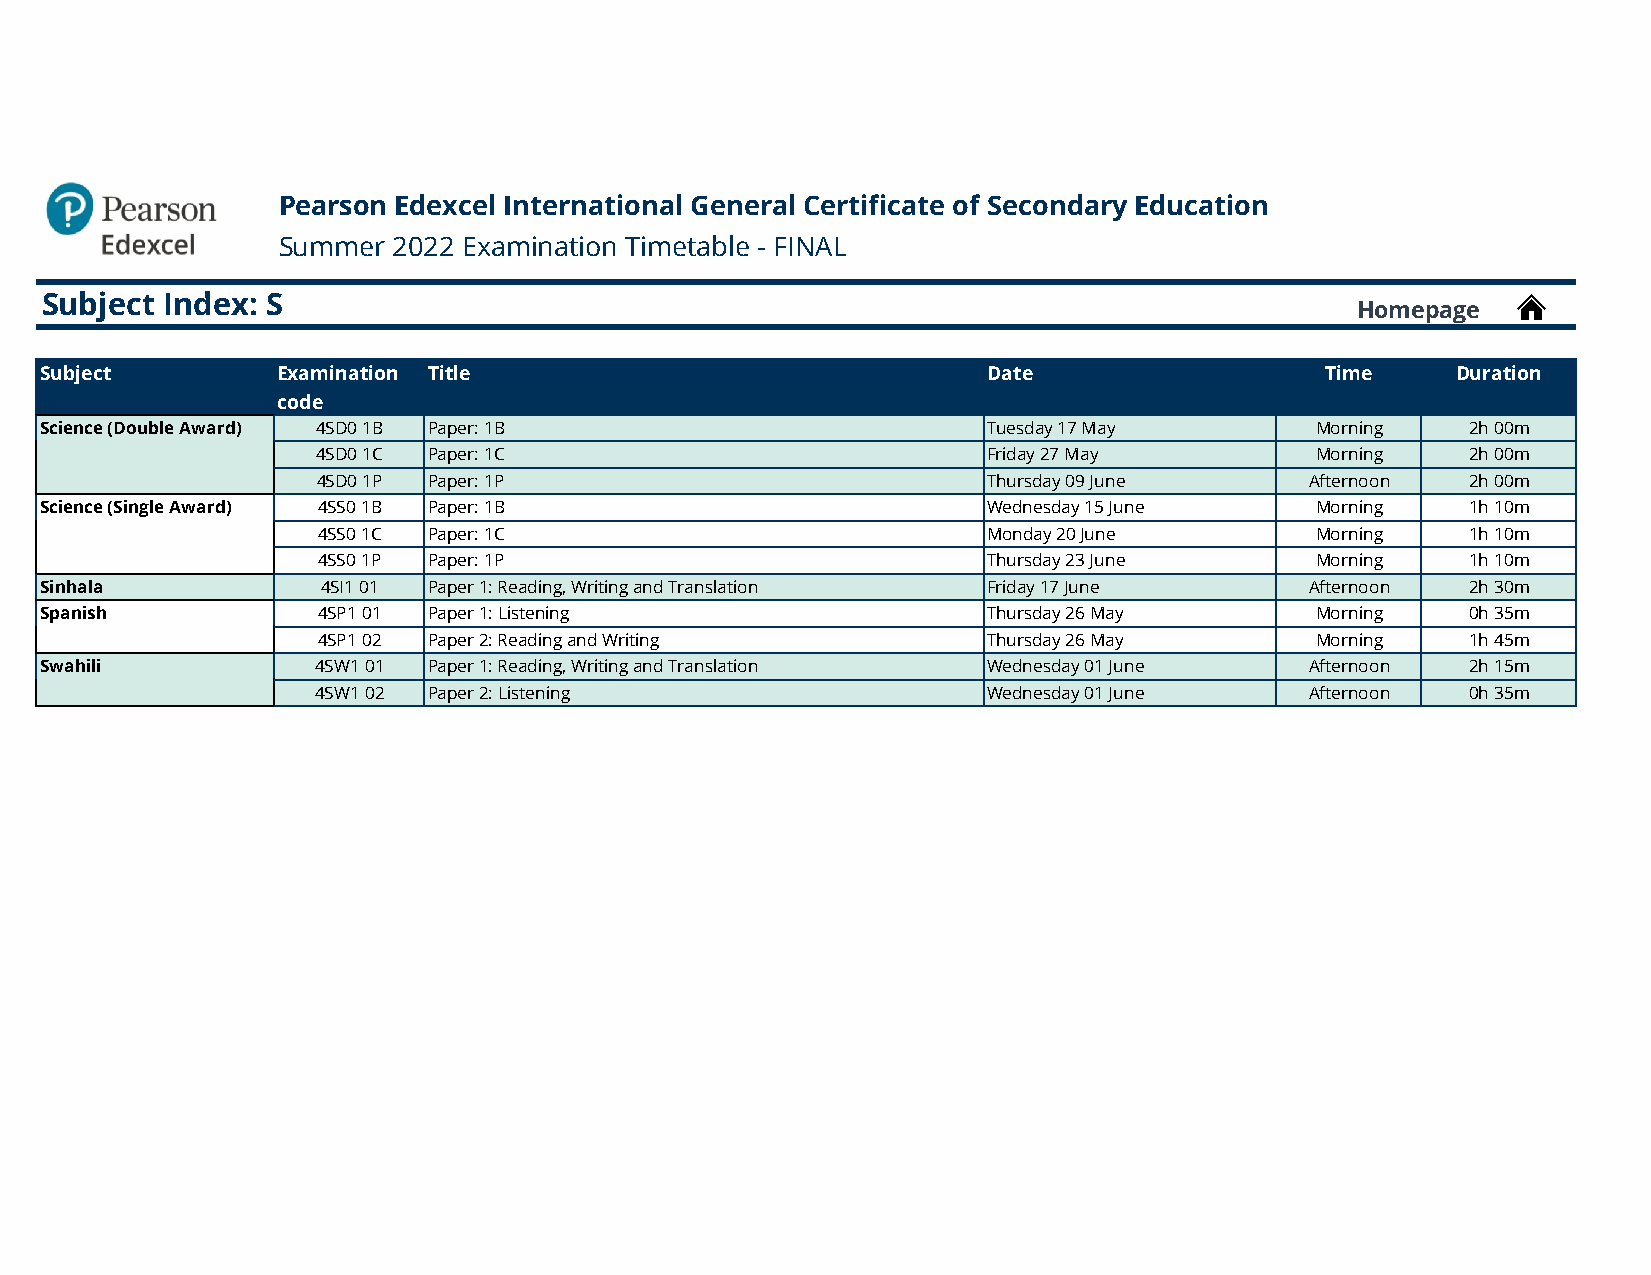
Pearson Edexcel International General Certificate of Secondary Education
 Summer  2022 Examination Timetable - FINAL
 Subject Index: S
 Homepage
 Subject        Examination Title                              Date                   Time    Duration
 code
 Science (Double Award) 4SD0 1B Paper: 1B                      Tuesday 17 May        Morning   2h 00m
 Science (Double Award) 4SD0 1C Paper: 1C                      Friday 27 May         Morning   2h 00m
 Science (Double Award) 4SD0 1P Paper: 1P                      Thursday 09 June      Afternoon 2h 00m
 Science (Single Award) 4SS0 1B Paper: 1B                      Wednesday 15 June     Morning   1h 10m
 Science (Single Award) 4SS0 1C Paper: 1C                      Monday 20 June        Morning   1h 10m
 Science (Single Award) 4SS0 1P Paper: 1P                      Thursday 23 June      Morning   1h 10m
 Sinhala           4SI1 01 Paper 1: Reading, Writing and Translation Friday 17 June  Afternoon 2h 30m
 Spanish           4SP1 01 Paper 1: Listening                  Thursday 26 May       Morning   0h 35m
 Spanish           4SP1 02 Paper 2: Reading and Writing        Thursday 26 May       Morning   1h 45m
 Swahili           4SW1 01 Paper 1: Reading, Writing and Translation Wednesday 01 June Afternoon 2h 15m
 Swahili           4SW1 02 Paper 2: Listening                  Wednesday 01 June     Afternoon 0h 35m